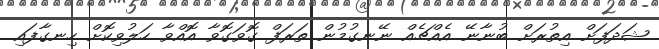
ޝަދަފަށް އިތުރަށް ބުނާނޭ އެއްޗެއް ނޭނގުމުން ތަރަފް ގޮވަގޮވާ އޮއްވާ ހަލުވިކޮށް ހިނގާފައި